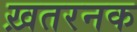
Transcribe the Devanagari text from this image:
ख़तरनक